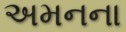
અમનના